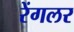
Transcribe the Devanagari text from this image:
रेंगलर